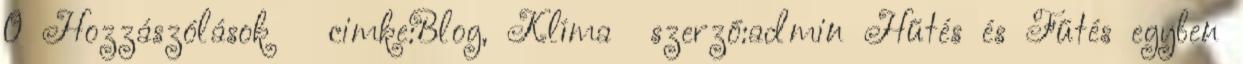
0 Hozzászólások cimke:Blog, Klíma szerző:admin Hűtés és Fűtés egyben